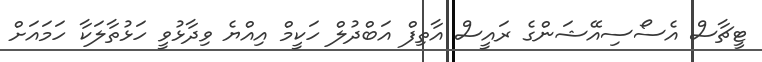
ޓީޗާސް އެސޯސިއޭޝަންގެ ރައީސް އާތިފް އަބްދުލް ހަކީމް އިއްޔެ ވިދާޅުވީ ހަޅުތާލަކާ ހަމައަށް